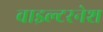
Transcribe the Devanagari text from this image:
वाइल्टरनेश